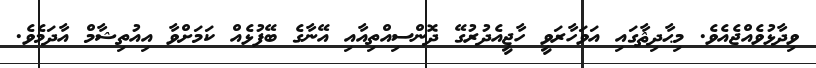
ވިދާޅުވެއްޖެއެވެ. މިޙާދިޘާގައި އަވަހާރަވީ ހާޖީއެދުރުގޭ ދޮންސިއްތިއާއި އޭނާގެ ބޭފުޅެއް ކަމަށްވާ އިއުތިޝާމް އާދަމެވެ.